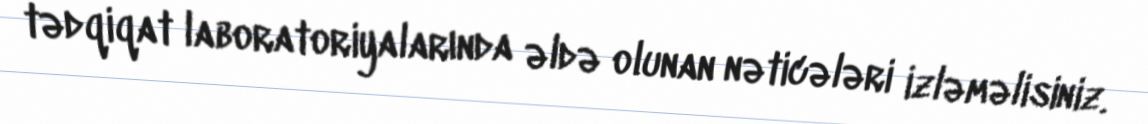
tədqiqat laboratoriyalarında əldə olunan nəticələri izləməlisiniz.